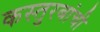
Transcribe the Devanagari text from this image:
कस्तुरबांची